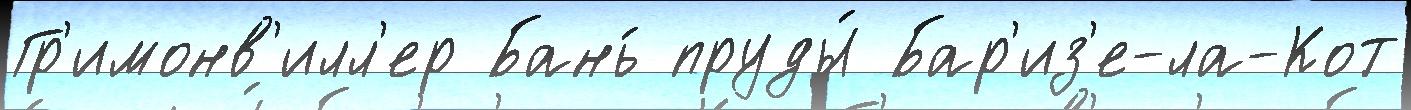
Гр'имонв'илл'ер Бань́ пруды́ Бар'из'е-ла-Кот